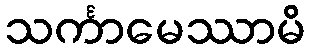
သင်္ကာမေဿာမိ